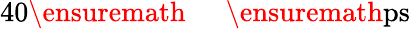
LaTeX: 40\ensuremath{\mathrm{~\textrm~{~\, ~}~}}\ensuremath{\mathrm{ps}}